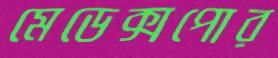
মেডেক্সপোর